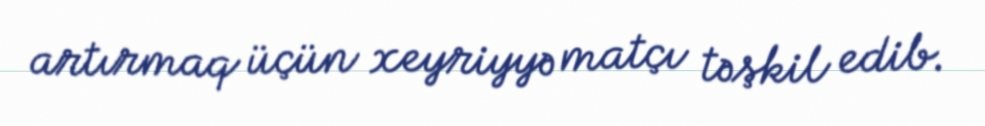
artırmaq üçün xeyriyyə matçı təşkil edib.